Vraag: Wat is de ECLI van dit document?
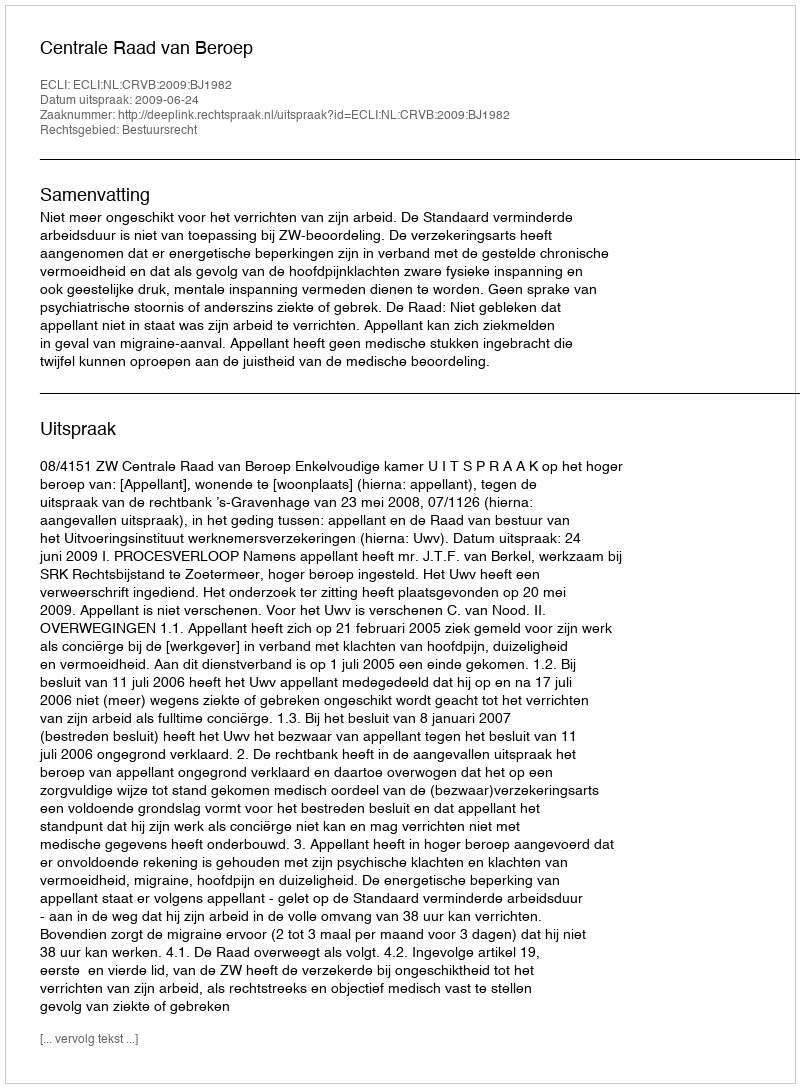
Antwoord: ECLI:NL:CRVB:2009:BJ1982